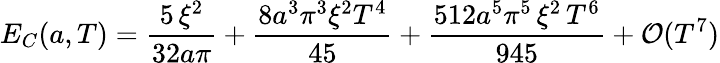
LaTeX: E_{C}(a,T)=\frac{5\, \xi^{2}}{32a\pi}+\frac{8a^{3}\pi^{3}\xi^{2}{T^{4}}}{45}+\frac{512a^{5}\pi^{5}\, \xi^{2}\, {T^{6}}}{945}+{\cal O}(T^{7})